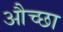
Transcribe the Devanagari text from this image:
औच्छा